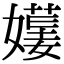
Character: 𡢯